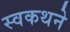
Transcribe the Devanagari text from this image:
स्वकथने